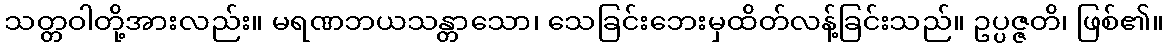
သတ္တဝါတို့အားလည်း။ မရဏဘယသန္တာသော၊ သေခြင်းဘေးမှထိတ်လန့်ခြင်းသည်။ ဥပ္ပဇ္ဇတိ၊ ဖြစ်၏။